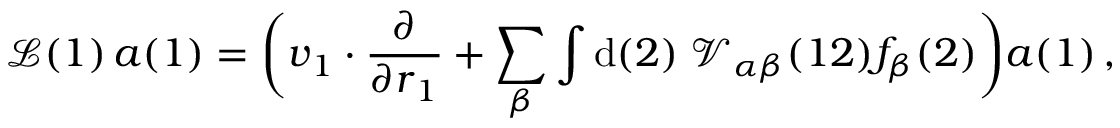
\mathcal { L } ( 1 ) \, a ( 1 ) = \biggl ( \boldsymbol { v } _ { 1 } \boldsymbol { \cdot } \frac { \partial } { \partial \boldsymbol { r } _ { 1 } } + \sum _ { \beta } \int \mathrm { d } ( 2 ) \; \mathcal { V } _ { \alpha \beta } ( 1 2 ) f _ { \beta } ( 2 ) \biggr ) a ( 1 ) \, ,